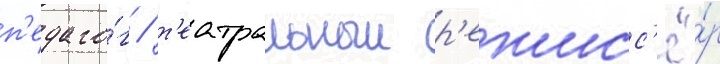
п'едаго́г / т'еатральныи р'ежисс'ё́р